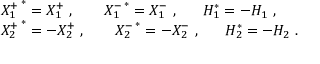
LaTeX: \begin{array} { l } { { \left. X _ { 1 } ^ { + } \right. ^ { * } = X _ { 1 } ^ { + } ~ , ~ ~ ~ ~ ~ \left. X _ { 1 } ^ { - } \right. ^ { * } = X _ { 1 } ^ { - } ~ , ~ ~ ~ ~ ~ H _ { 1 } ^ { * } = - H _ { 1 } ~ , } } \\ { { \left. X _ { 2 } ^ { + } \right. ^ { * } = - X _ { 2 } ^ { + } ~ , ~ ~ ~ ~ ~ \left. X _ { 2 } ^ { - } \right. ^ { * } = - X _ { 2 } ^ { - } ~ , ~ ~ ~ ~ ~ H _ { 2 } ^ { * } = - H _ { 2 } ~ . } } \end{array}